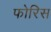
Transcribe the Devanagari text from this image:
फोरिस